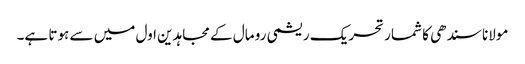
مولانا سندھی کا شمار تحریک ریشمی رو مال کے مجاہدین اول میں سے ہوتا ہے۔